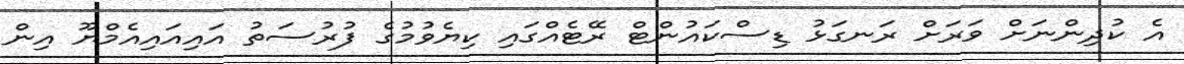
އެ ކުދިންނަށް ވަރަށް ރަނގަޅު ޑިސްކައުންޓް ރޭޓެއްގައި ކިޔެވުމުގެ ފުރުސަތު އައިއައިއެމްޔޫ އިން